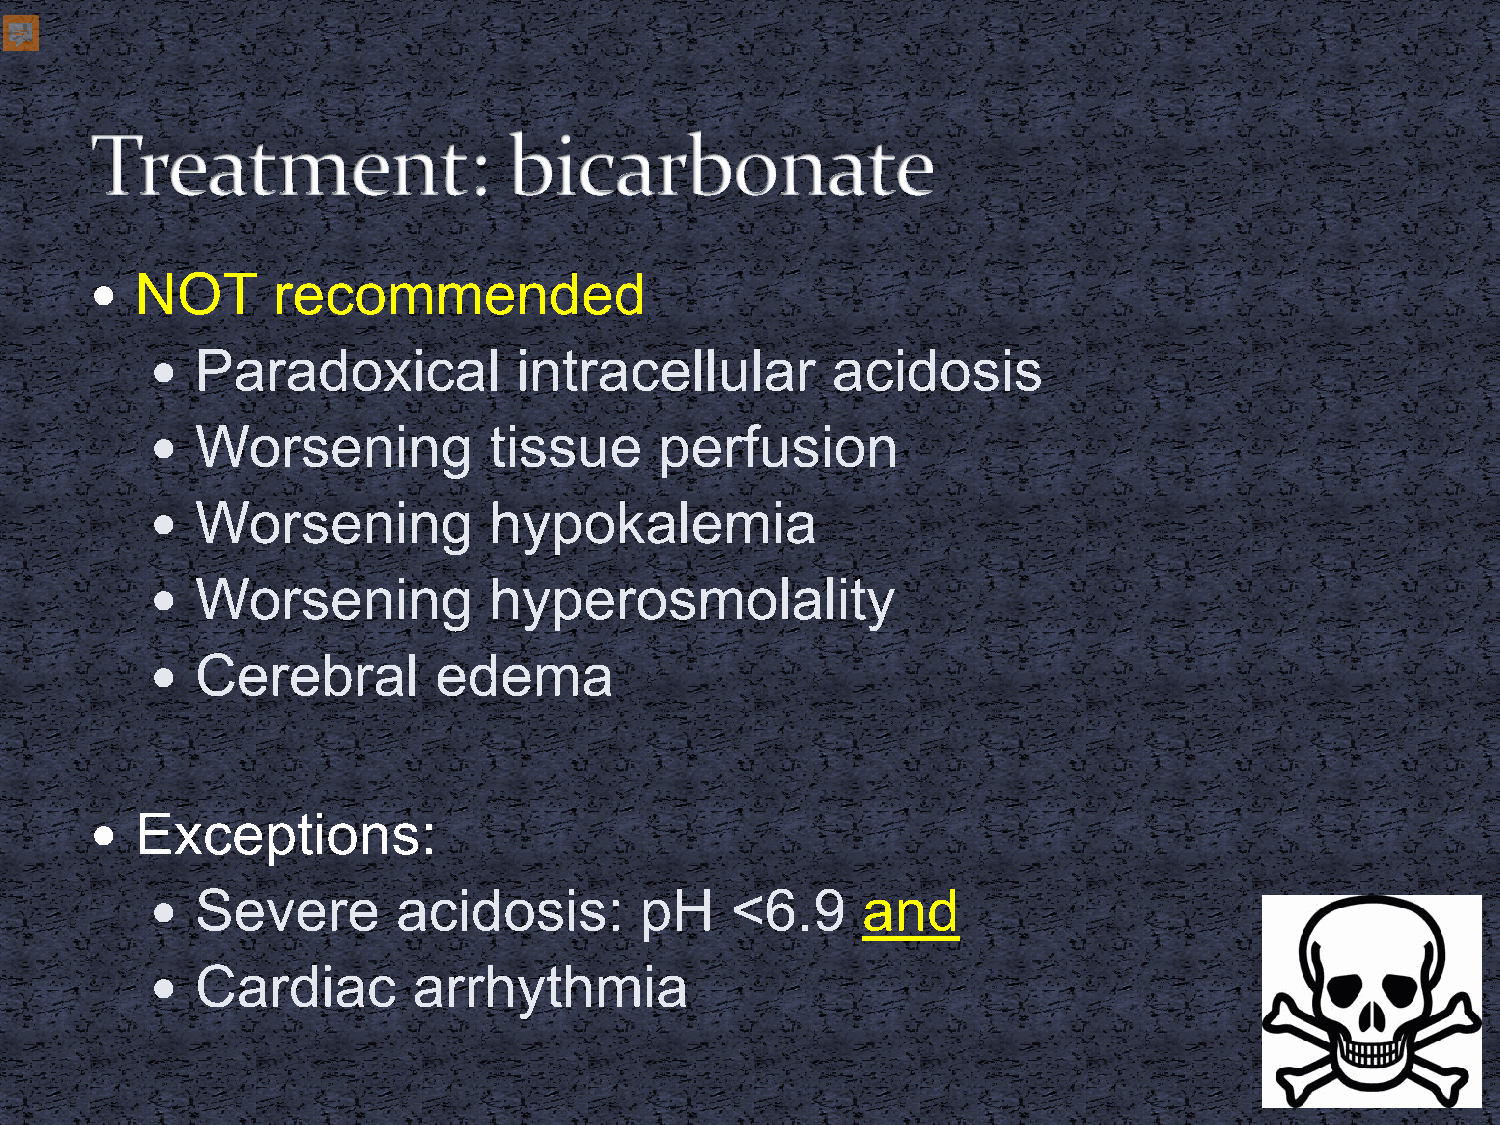
  NOT      recommended
   Paradoxical          intracellular        acidosis
   Worsening          tissue      perfusion
   Worsening          hypokalemia
   Worsening          hyperosmolality
   Cerebral        edema
   Exceptions:
   Severe       acidosis:       pH    <6.9     and
   Cardiac       arrhythmia